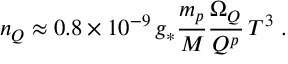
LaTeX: n _ { Q } \approx 0 . 8 \times 1 0 ^ { - 9 } \, g _ { \ast } \frac { m _ { p } } { M } \frac { \Omega _ { Q } } { Q ^ { p } } \, T ^ { 3 } \; .